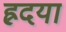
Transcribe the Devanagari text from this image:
ह्रदया